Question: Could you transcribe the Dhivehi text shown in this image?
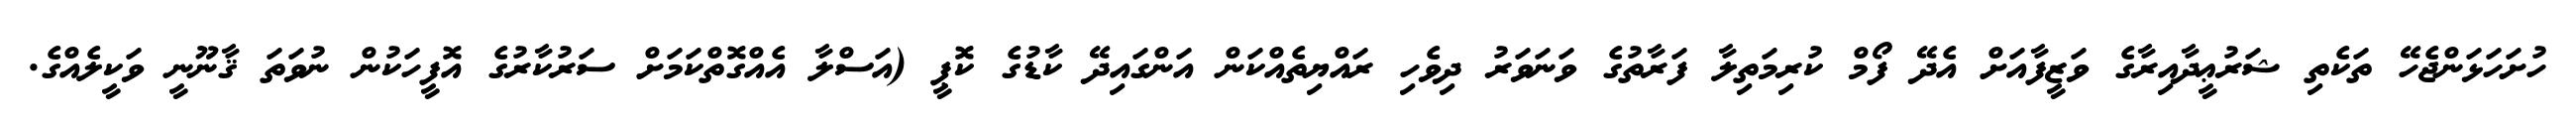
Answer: ހުށަހަޅަންޖެހޭ ތަކެތި ޝަރުޢީދާއިރާގެ ވަޒީފާއަށް އެދޭ ފޯމް ކުރިމަތިލާ ފަރާތުގެ ވަނަވަރު ދިވެހި ރައްޔިތެއްކަން އަންގައިދޭ ކާޑުގެ ކޮޕީ (އަސްލާ އެއްގޮތްކަމަށް ސަރުކާރުގެ އޮފީހަކުން ނުވަތަ ޤާނޫނީ ވަކީލެއްގެ.